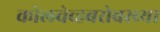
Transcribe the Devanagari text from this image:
कोलचेव्हबरोबरच्या